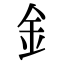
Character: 釒